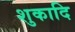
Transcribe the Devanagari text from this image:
शुकादि